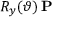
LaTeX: R _ { y } ( \vartheta ) \, \mathbf { P }